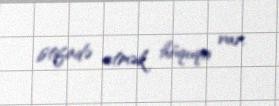
istifadə etmək hüququ var.